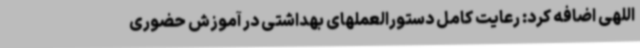
اللهی اضافه کرد: رعایت کامل دستورالعملهای بهداشتی در آموزش حضوری